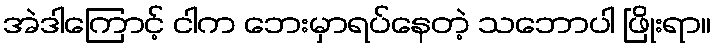
အဲဒါကြောင့် ငါက ဘေးမှာရပ်နေတဲ့ သဘောပါ ဖြိုးရာ။